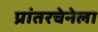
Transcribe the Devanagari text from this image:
प्रांतरचेनेला